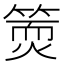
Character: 𥱇